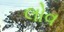
લોવ